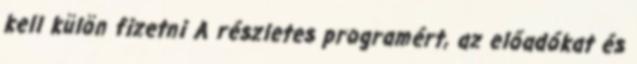
kell külön fizetni A részletes programért, az előadókat és